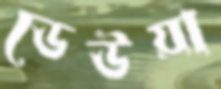
ডেউয়া